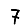
Digit: 7